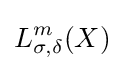
L_{\sigma ,\delta }^{m}(X)